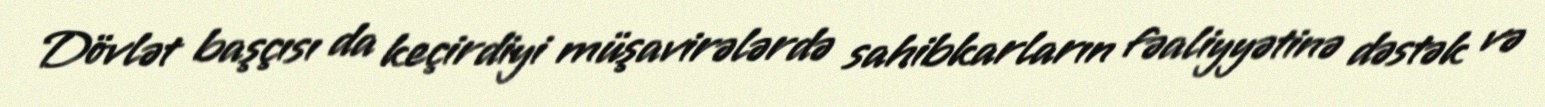
Dövlət başçısı da keçirdiyi müşavirələrdə sahibkarların fəaliyyətinə dəstək və